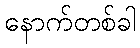
နောက်တစ်ခါ